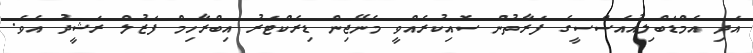
އަދި އެމްޑަބްލިއުއެސްސީގެ ފަރާތުން ސޮއިކުރެއްވީ މެނޭޖިން ޑިރެކްޓަރު އިބްރާހިމް ފަޒުލް ރަޝީދު އެވެ.